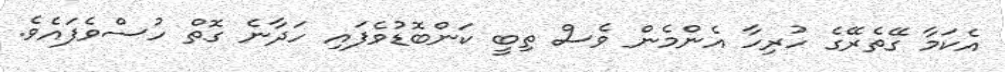
އެކަމާ ގޭތެރޭގެ ހުރިހާ އެންމެން ވެސް ތިބީ ކަންބޮޑުވެފައި ހަދާނެ ގޮތް ހުސްވެފައެވެ.